Lunatic asylums Madras 1877-1891 - 1877-1891
Year: 1877
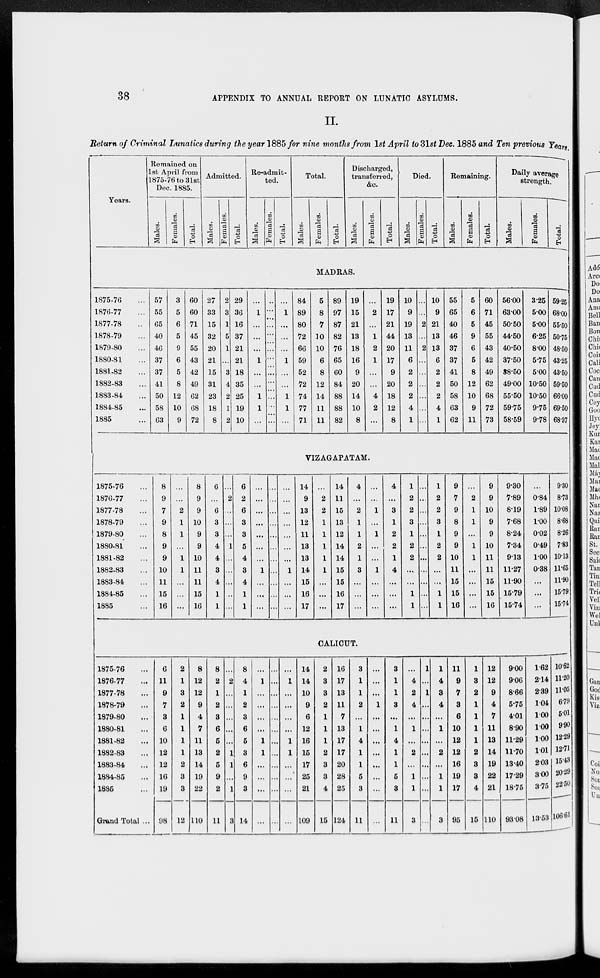
38
APPENDIX TO ANNUAL REPORT ON LUNATIC ASYLUMS.
II.
Return of Criminal Lunatics during the year 1885 for nine months from 1st April to 31st Dec. 1885 and Ten previous Years.
Years.
Remained on
1 st April from
1875-76 to 31st
Dec. 1885.
Males.
Females.
Total.
Admitted.
Males.
Females.
Total.
Re-admit-
ted.
Males.
Females.
Total.
Total.
Males.
Females.
Total.
Discharged,
transferred,
&c.
Males.
Females.
Total.
Died.
Males.
Females.
Total.
Remaining.
Males.
Females.
Total.
Daily average
strength.
Males.
Females.
Total.
MADRAS.
1875-76 ...
1876-77 ...
1877-78 ...
1878-79 ...
1879-80 ...
1880-81 ...
1881-82 ...
1882-83 ...
1883-84 ...
1884-85 ...
1885 ...
57
55
65
40
46
37
37
41
50
58
63
3
5
6
5
9
6
5
8
12
10
9
60
60
71
45
55
43
42
49
62
68
72
27
33
15
32
20
21
15
31
23
18
8
2
3
1
5
1
...
3
4
2
1
2
29
36
16
37
21
21
18
35
25
19
10
...
1
...
...
...
1
...
...
1
1
...
...
...
...
...
...
...
...
...
...
...
...
...
1
...
...
...
1
...
...
1
1
...
84
89
80
72
66
59
52
72
74
77
71
5
8
7
10
10
6
8
12
14
11
11
89
97
87
82
76
65
60
84
88
88
82
19
15
21
13
18
16
9
20
14
10
8
...
2
...
1
2
1
...
...
4
2
...
19
17
21
44
20
17
9
20
18
12
8
10
9
19
13
11
6
2
2
2
4
1
...
...
2
...
2
...
...
...
...
...
...
10
9
21
13
13
6
2
2
2
4
1
55
65
40
46
37
37
41
50
58
63
62
5
6
5
9
6
5
8
12
10
9
11
60
71
45
55
43
42
49
62
68
72
73
56.00
63.00
50.50
44.50
40.50
37.50
38.50
49.00
55.50
59.75
58.59
3.25
500
5.00
6.25
800
5.75
5.00
10.50
10.50
9.75
9.78
59.25
68.00
55.50
50.75
48.50
43.25
43.50
59.50
66.00
69.50
68.37
VIZAGAPATAM.
1875-76 ...
1876-77 ...
1877-78 ...
1878-79 ...
1879-80 ...
1880-81 ...
1881-82 ...
1882-83 ...
1883-84 ...
1884-85 ...
1885 ...
8
9
7
9
8
9
9
10
11
15
16
...
...
2
1
1
...
1
1
...
...
...
8
9
9
10
9
9
10
11
11
15
16
6
...
6
3
3
4
4
3
4
1
1
...
2
...
...
...
1
...
...
...
..
...
6
2
6
3
3
5
4
3
4
1
1
...
...
...
...
...
...
...
1
...
...
...
...
...
...
...
...
.. .
...
...
...
...
...
...
...
...
...
...
...
...
1
...
...
...
14
9
13
12
11
13
13
14
15
16
17
...
2
2
1
1
1
1
1
...
...
...
14
11
15
13
12
14
14
15
15
16
17
4
...
2
1
1
2
1
3
...
...
...
...
...
1
...
1
...
...
1
...
...
...
4
...
3
1
2
2
1
4
...
...
...
1
2
2
3
1
2
2
...
...
1
1
...
...
...
...
...
...
...
...
...
...
...
1
2
2
3
1
2
2
...
...
1
1
9
7
9
8
9
9
10
11
15
15
16
...
2
1
1
...
1
1
...
...
...
...
9
9
10
9
9
10
11
11
15
15
16
9.30
7.89
8.19
7.68
8.24
7.34
9.13
11.27
11.90
15.79
15.74
...
0.84
1.89
1.00
0.02
0.49
1.00
0.38
...
...
...
9.30
8.73
10.08
8.68
8.26
7.83
10.13
11.65
11.90
15.79
15.74
CALICUT.
1875-76...
1876-77...
1877-78...
1878-79...
1879-80...
1880-81...
1881-82...
1882-83...
1883-84...
1884-85...
1885...
Grand Total ...
6
11
9
7
8
6
10
12
12
16
19
98
2
1
3
2
1
1
1
1
2
3
3
12
8
12
12
9
4
7
11
13
14
19
22
110
8
2
1
2
3
6
5
2
5
9
2
11
...
2
...
...
...
...
...
1
1
...
1
3
8
4
1
2
3
6
5
3
6
9
3
14
...
1
...
...
...
...
1
1
...
...
...
...
...
...
...
...
...
...
...
...
...
...
...
...
...
1
...
...
...
...
1
1
...
...
...
...
14
14
10
9
6
12
16
15
17
25
21
109
2
3
3
2
1
1
1
2
3
3
4
15
16
17
13
11
7
13
17
17
20
28
25
124
3
1
1
2
...
1
4
1
1
5
3
11
...
...
...
1
...
...
...
...
...
...
...
...
3
1
1
3
...
1
4
1
1
5
3
11
...
4
2
4
...
1
...
2
...
1
1
3
1
...
1
...
...
...
...
...
...
...
...
...
1
4
3
4
...
1
...
2
...
1
1
3
11
9
7
3
6
10
12
12
16
19
17
95
1
3
2
1
1
1
1
2
3
3
4
15
12
12
9
4
7
11
13
14
19
22
21
110
9.00
9.06
8.66
5.75
4.01
8.90
11.29
11.70
13.40
17.29
18.75
93.08
1.62
2.14
2.39
1.04
1.00
1.00
1.00
1.01
2.03
3.00
3.75
13.53
10.62
11.20
11.05
6.79
5.01
9.90
12.29
12.71
15.43
20.29
22.50
106.61